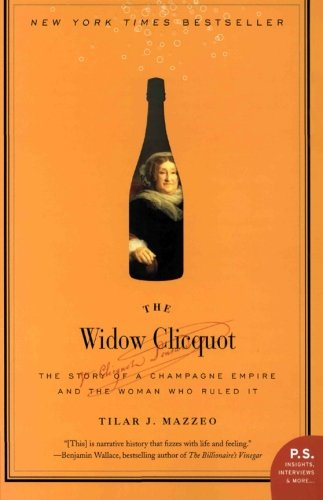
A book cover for The Widow Clicquot: The Story of a Champagne Empire and the Woman Who Ruled It (P.S.); Tilar J. Mazzeo; Cookbooks, Food & Wine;